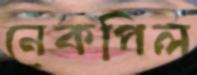
নেকপিল